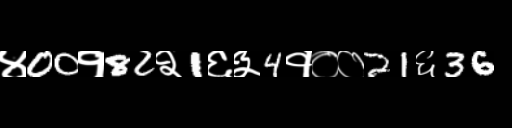
Text: ४00१82२1६३4१००21६36